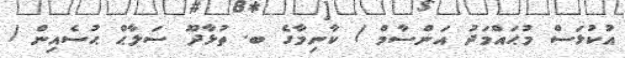
އުކުޅަސް މުޙައްމަދު އަންސާމް / ކާނިމާގެ ބ. ތުޅާދޫ ސަލާޙް ޙުސެއިން /